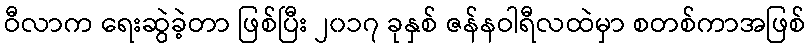
ဝီလာက ရေးဆွဲခဲ့တာ ဖြစ်ပြီး ၂၀၁၇ ခုနှစ် ဇန်နဝါရီလထဲမှာ စတစ်ကာအဖြစ်